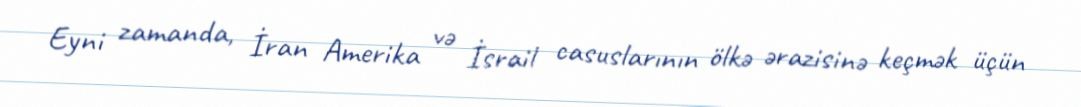
Eyni zamanda, İran Amerika və İsrail casuslarının ölkə ərazisinə keçmək üçün